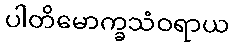
ပါတိမောက္ခသံဝရာယ